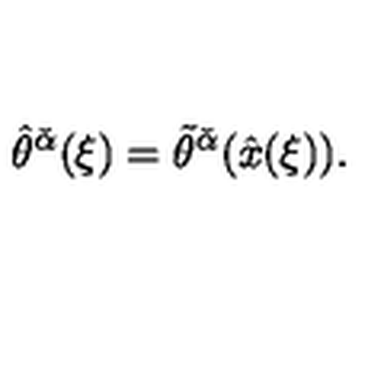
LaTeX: \hat { \theta } ^ { \check { \alpha } } ( \xi ) = \tilde { \theta } ^ { \check { \alpha } } ( \hat { x } ( \xi ) ) .